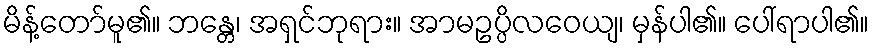
မိန့်တော်မူ၏။ ဘန္တေ၊ အရှင်ဘုရား။ အာမဥပ္ပိလဝေယျ၊ မှန်ပါ၏။ ပေါ်ရာပါ၏။